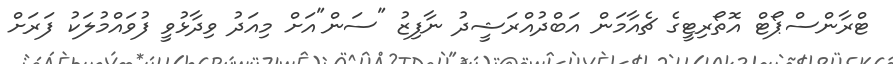
ޓްރާންސްޕޯޓް އޮތޯރިޓީގެ ޗެއާމަން އަބްދުއްރަޝީދު ނާފިޒު "ސަން"އަށް މިއަދު ވިދާޅުވީ ފުވައްމުލަކު ފަރަށް